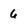
Character: 6